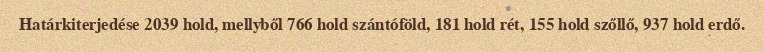
Határkiterjedése 2039 hold, mellyből 766 hold szántóföld, 181 hold rét, 155 hold szőllő, 937 hold erdő.